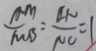
\frac { A M } { M B } = \frac { C H } { N C } = 1